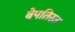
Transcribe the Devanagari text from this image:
बेपतिस्त